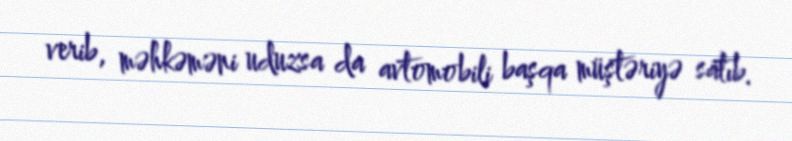
verib, məhkəməni uduzsa da avtomobili başqa müştəriyə satıb.